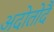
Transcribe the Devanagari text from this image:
अदोतोदै